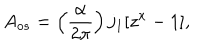
LaTeX: A _ { o s } = \left( \frac { \alpha } { 2 \pi } \right) j _ { 1 } [ z ^ { x } - 1 ] ,